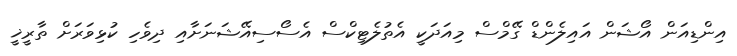
އިންޑިއަން އޯޝަން އައިލެންޑް ގޭމްސް މިއަދަކީ އެތުލެޓިކްސް އެސޯސިއޭޝަނަށާއި ދިވެހި ކުޅިވަރަށް ތާރީޚީ